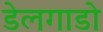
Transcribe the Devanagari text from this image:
डेलगाडो